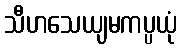
သီဟသေယျမကပ္ပယုံ